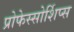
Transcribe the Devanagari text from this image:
प्रोफेस्सोर्शिप्स